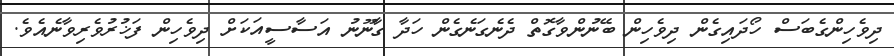
ދިވެހިންގެބަސް ހޯދައިގެން ދިވެހިން ބޭނުންވާގޮތް ދެނެގަނެގެން ހަދާ ގާނޫނު އަސާސީއަކަށް ދިވެހިން ފަޚުރުވެރިވާނެއެވެ.